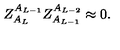
Z _ { A _ { L } } ^ { A _ { L - 1 } } Z _ { A _ { L - 1 } } ^ { A _ { L - 2 } } \approx 0 .